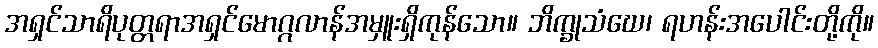
အရှင်သာရိပုတ္တရာအရှင်မောဂ္ဂလာန်အမှူးရှိကုန်သော။ ဘိက္ခုသံဃေ၊ ရဟန်းအပေါင်းတို့ကို။